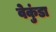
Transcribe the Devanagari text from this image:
वेकुंडा